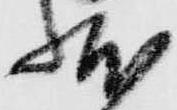
状